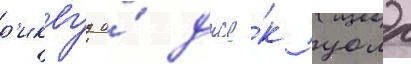
р'иквуд и́ дже́к уолл